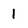
Character: 1